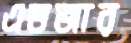
এডজার